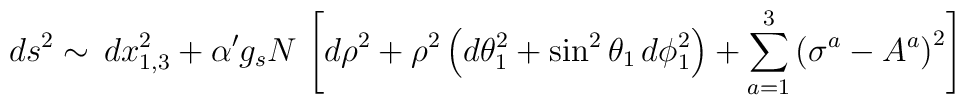
ds^2 \sim  \, dx^2_{1,3} + \alpha' g_s N\, \left[ d\rho^2 + \rho^2 \left( d\theta_1^2 + \sin^2\theta_1 \,d\phi_1^2 \right) + \sum_{a=1}^3\left(\sigma^a - A^a \right)^2 \right]